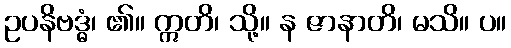
ဥပနိဗဒ္ဓံ၊ ၏။ ဣတိ၊ သို့။ န ဇာနာတိ၊ မသိ။ ပ။